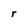
Character: r